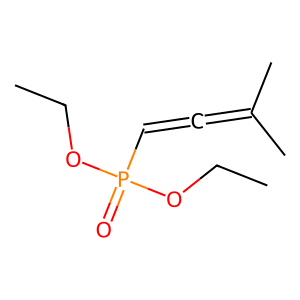
SMILES: CCOP(=O)(C=C=C(C)C)OCC
Inhibits HIV replication: No